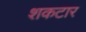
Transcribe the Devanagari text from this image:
शकटार